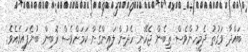
ބައްދާ ވަގުތު ދެމީހުންވެސް ތިބެން ޖެހޭނީ ހެދުން ލައިންގެން ކަމަށްވެސް ރޮބިން ބުނެފައިވެއެވެ.